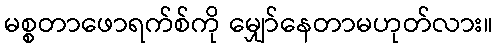
မစ္စတာဖောရက်စ်ကို မျှော်နေတာမဟုတ်လား။